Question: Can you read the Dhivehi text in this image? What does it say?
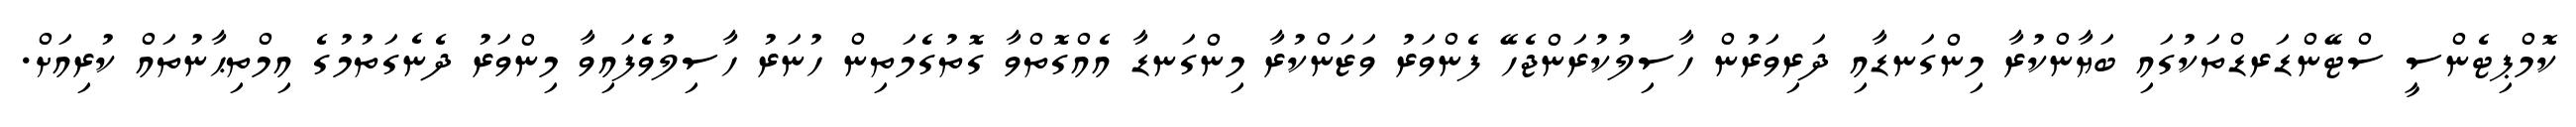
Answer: ކޮމްޕިޓެންސީ ސްޓޭންޑަރޑްތަކުގައި ބަޔާންކުރާ މިންގަނޑާއި ދަރިވަރުން ހާސިލުކުރަންޖެހޭ ފެންވަރު ވަޒަންކުރާ މިންގަނޑާ އެއްގޮތްވާ ގޮތުގެމަތިން ހުނަރު ހާސިލުވެފައިވާ މިންވަރު ދެނެގަތުމުގެ އިމްތިޙާނުތައް ކުރިއަށް.